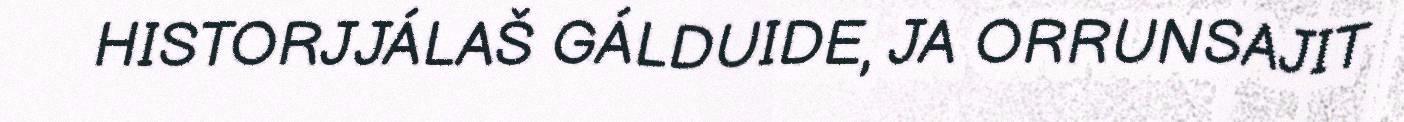
HISTORJJÁLAŠ GÁLDUIDE, JA ORRUNSAJIT